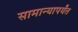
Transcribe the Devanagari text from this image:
सामान्यापर्यंत